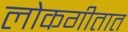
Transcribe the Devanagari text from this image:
लोकगीतात